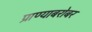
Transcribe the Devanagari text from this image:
प्राण्याबरोबर